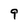
Character: 9